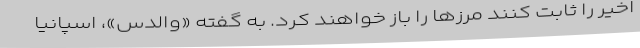
اخیر را ثابت کنند مرزها را باز خواهند کرد. به گفته «والدس»، اسپانیا